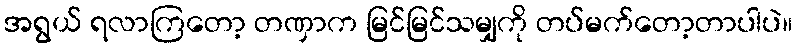
အရွယ် ရလာကြတော့ တဏှာက မြင်မြင်သမျှကို တပ်မက်တော့တာပါပဲ။